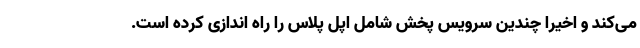
می‌کند و اخیراً چندین سرویس پخش شامل اپل پلاس را راه اندازی کرده است.